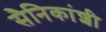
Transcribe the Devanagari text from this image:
सैनिकांशी